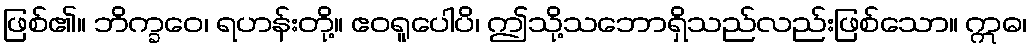
ဖြစ်၏။ ဘိက္ခဝေ၊ ရဟန်းတို့။ ဧဝရူပေါပိ၊ ဤသို့သဘောရှိသည်လည်းဖြစ်သော။ ဣဓ၊